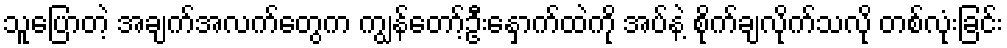
သူပြောတဲ့ အချက်အလက်တွေက ကျွန်တော့်ဦးနှောက်ထဲကို အပ်နဲ့ စိုက်ချလိုက်သလို တစ်လုံးခြင်း